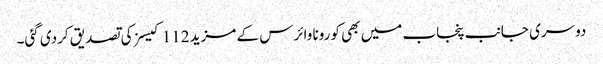
دوسری جانب پنجاب میں بھی کورونا وائرس کے مزید 112 کیسز کی تصدیق کردی گئی۔